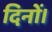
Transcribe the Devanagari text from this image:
दिनों।